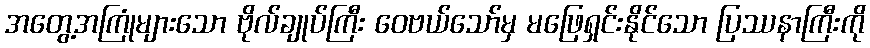
အတွေ့အကြုံများသော ဗိုလ်ချုပ်ကြီး ဝေဗယ်သော်မှ မဖြေရှင်းနိုင်သော ပြဿနာကြီးကို